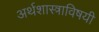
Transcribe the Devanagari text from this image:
अर्थशास्त्राविषयी